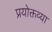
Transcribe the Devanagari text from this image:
प्रयोक्तव्या